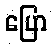
ပြော